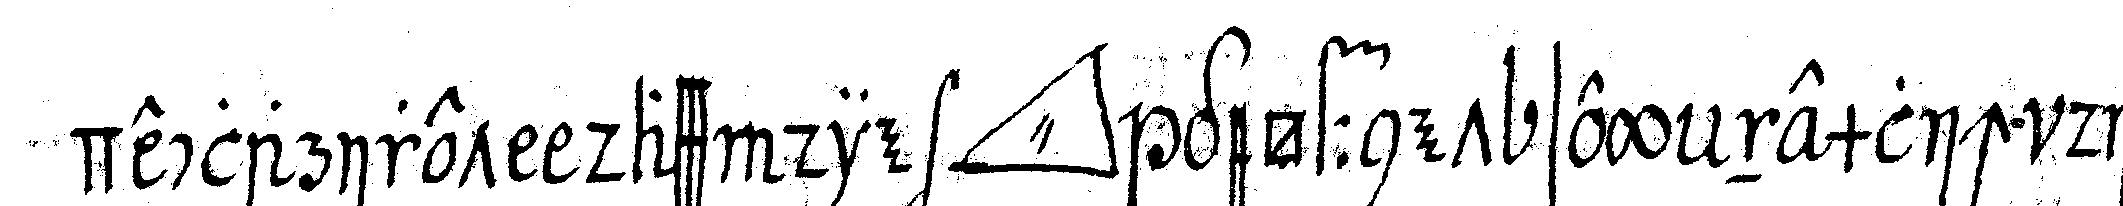
declariret dass die *tri..* geöffnet sey nemlich die